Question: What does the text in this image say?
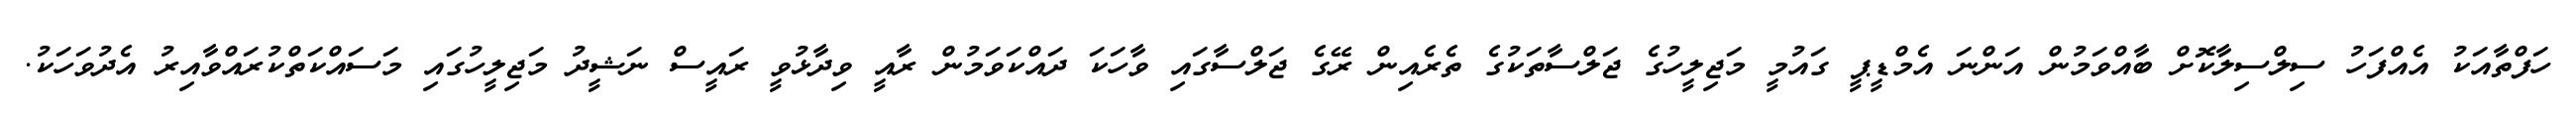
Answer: ހަފްތާއަކު އެއްފަހު ސިލްސިލާކޮށް ބާއްވަމުން އަންނަ އެމްޑީޕީ ގައުމީ މަޖިލީހުގެ ޖަލްސާތަކުގެ ތެރެއިން ރޭގެ ޖަލްސާގައި ވާހަކަ ދައްކަވަމުން ރާއީ ވިދާޅުވީ ރައީސް ނަޝީދު މަޖިލީހުގައި މަސައްކަތްކުރައްވާއިރު އެދުވަހަކު.